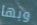
وبها